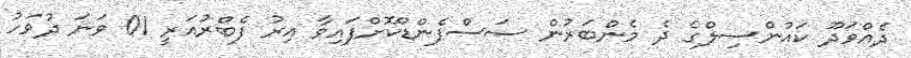
ދެއްވަދޫ ކައުންސިލްގެ ދެ މެންބަރުން ސަސްޕެންޑްކޮށްފައިވާ އިރު ފެބްރުއަރީ 01 ވަނަ ދުވަހު